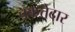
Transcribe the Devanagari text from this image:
चकत्तेदार